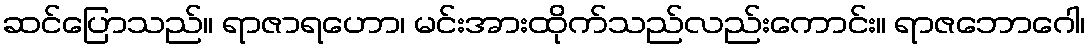
ဆင်ပြောသည်။ ရာဇာရဟော၊ မင်းအားထိုက်သည်လည်းကောင်း။ ရာဇဘောဂေါ၊